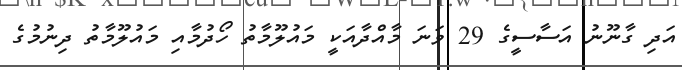
އަދި ގާނޫނު އަސާސީގެ 29 ވަނަ މާއްދާއަކީ މައުލޫމާތު ހޯދުމާއި މައުލޫމާތު ދިނުމުގެ